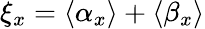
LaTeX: \xi_{x}=\langle{\alpha}_{x}\rangle+\langle{\beta}_{x}\rangle